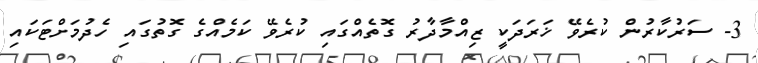
3- ސަރުކާރުން ކުރެވޭ ޚަރަދަކީ ޒިއްމާދާރު ގޮތެއްގައި ކުރެވޭ ކަމެއްގެ ގޮތުގައި ހެދުމަށްޓަކައި